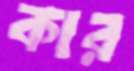
কার